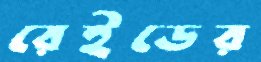
রেইডের